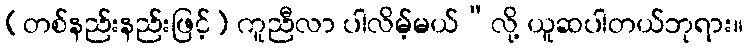
(တစ်နည်းနည်းဖြင့်) ကူညီလာ ပါလိမ့်မယ်”လို့ ယူဆပါတယ်ဘုရား။